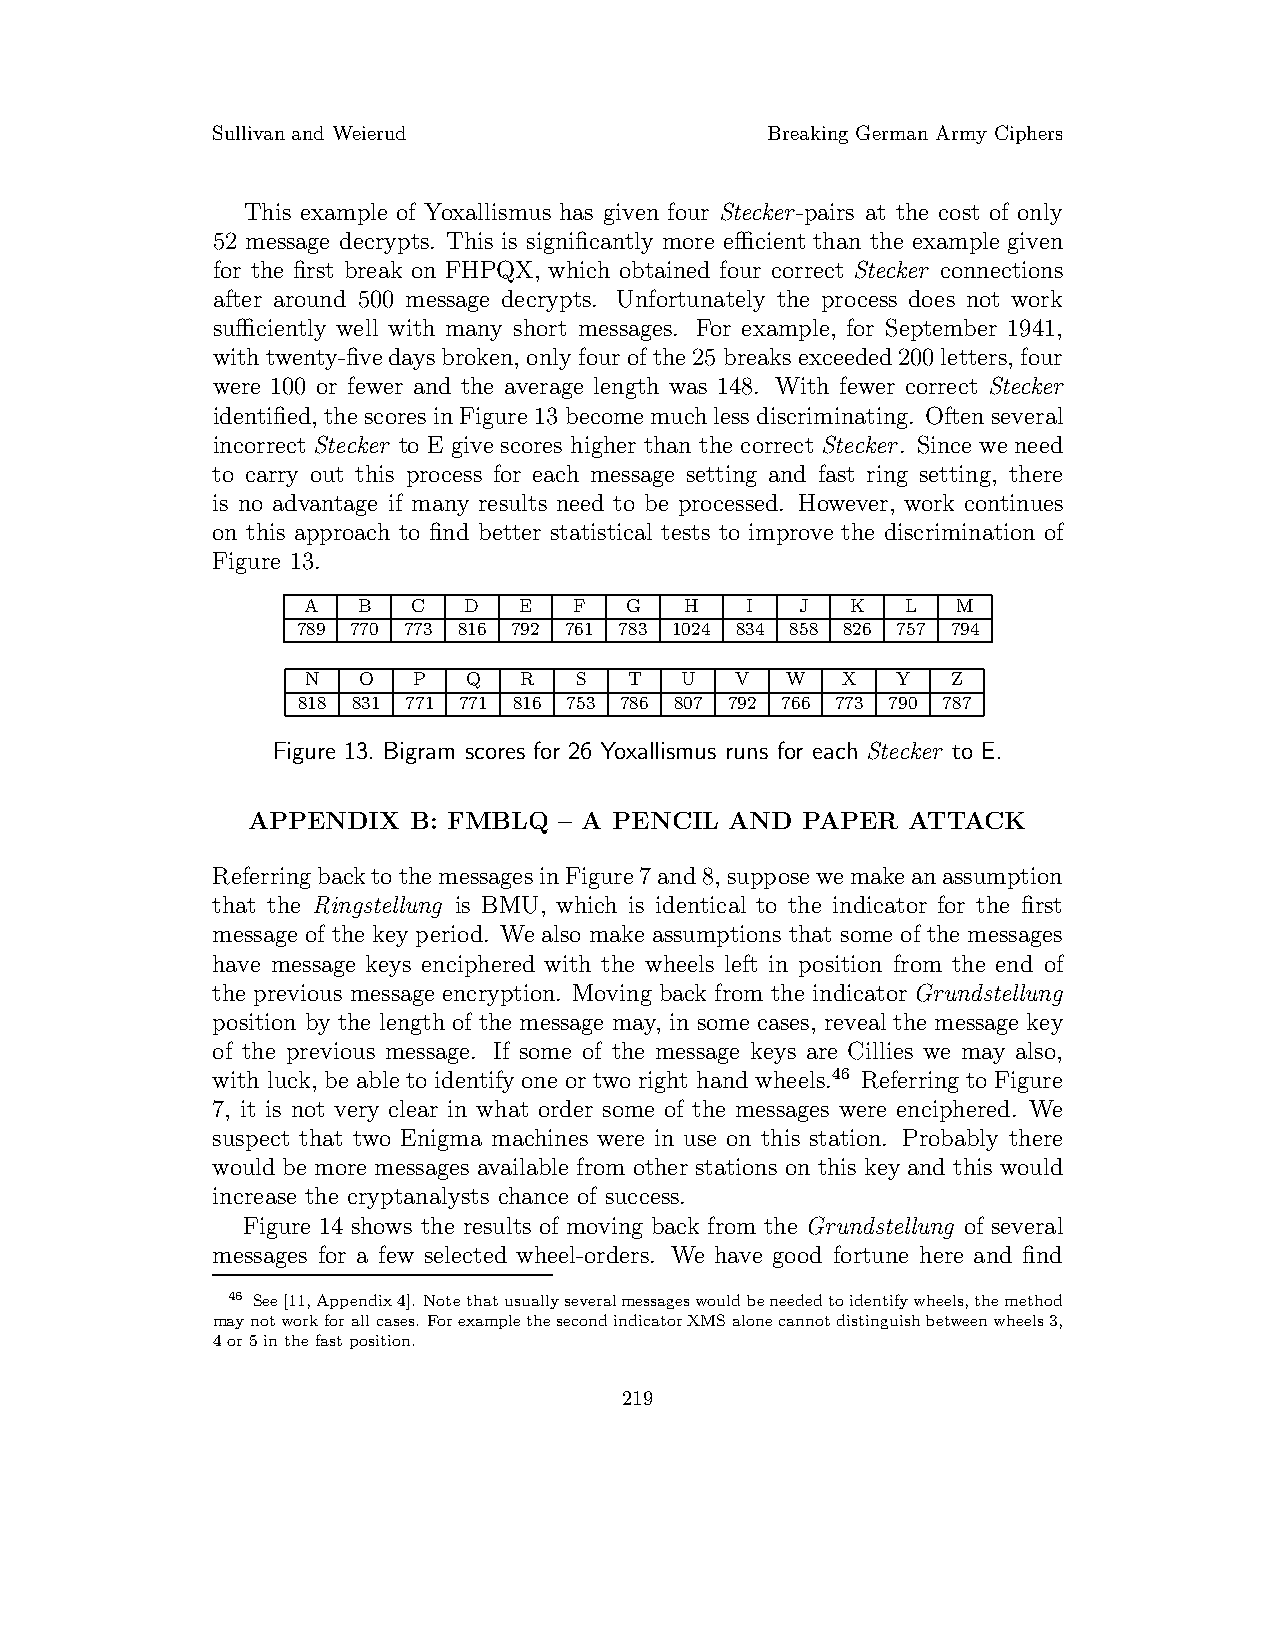
Sullivanand Weierud                  Breaking German Army Ciphers
 This example of Yoxallismus has given four Stecker-pairs at the cost of only
 52 message decrypts. This is significantly more efficient than the example given
 for the first break on FHPQX, which obtained four correct Stecker connections
 after around 500 message decrypts. Unfortunately the process does not work
 sufficiently well with many short messages. For example, for September 1941,
 withtwenty-fivedaysbroken,onlyfour ofthe25 breaksexceeded200 letters,four
 were 100 or fewer and the average length was 148. With fewer correct Stecker
 identified,thescores inFigure13 becomemuchlessdiscriminating. Oftenseveral
 incorrect Stecker to E give scores higher than the correct Stecker. Since we need
 to carry out this process for each message setting and fast ring setting, there
 is no advantage if many results need to be processed. However, work continues
 on this approach to find better statistical tests to improve the discrimination of
 Figure 13.
 A   B  C   D  E   F  G   H   I   J  K   L  M
 789 770 773 816 792 761 783 1024 834 858 826 757 794
 N   O  P   Q  R   S   T  U   V  W   X  Y   Z
 818 831 771 771 816 753 786 807 792 766 773 790 787
 Figure 13. Bigram scores for 26 Yoxallismus runs for each Stecker to E.
 APPENDIX   B: FMBLQ  – A PENCIL AND  PAPER  ATTACK
 ReferringbacktothemessagesinFigure7and8,supposewemakeanassumption
 that the Ringstellung is BMU, which is identical to the indicator for the first
 message of the key period. We also make assumptions that some of the messages
 have message keys enciphered with the wheels left in position from the end of
 the previous message encryption. Moving back from the indicator Grundstellung
 position by the length of the message may, in some cases, reveal the message key
 of the previous message. If some of the message keys are Cillies we may also,
 with luck,be able to identifyone or two right hand wheels.46 Referring to Figure
 7, it is not very clear in what order some of the messages were enciphered. We
 suspect that two Enigma machines were in use on this station. Probably there
 would be more messages available from other stations on this keyand this would
 increase the cryptanalysts chance of success.
 Figure 14 shows the results of moving back from the Grundstellung of several
 messages for a few selected wheel-orders. We have good fortune here and find
 46 See[11,Appendix4]. Notethatusuallyseveralmessageswouldbeneededtoidentifywheels,themethod
 maynotworkforallcases. ForexamplethesecondindicatorXMSalonecannotdistinguishbetweenwheels3,
 4or5inthefastposition.
 219